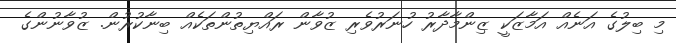
މި ބިލުގެ އަނެއް އަމާޒަކީ ޒިންމާދާރު ހުނަރުވެރި ޒުވާން ރައްޔިތުންތަކެއް ބިނާކުރުން. ޒުވާނުންގެ